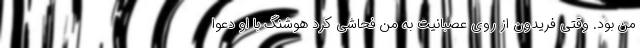
من بود. وقتی فریدون از روی عصبانیت به من فحاشی کرد هوشنگ با او دعوا